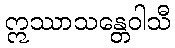
ဣဿာသန္တေဝါသီ